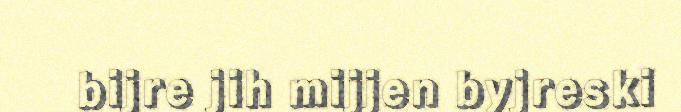
bijre jih mijjen byjreski